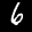
Label: 6